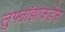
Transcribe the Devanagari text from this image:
लुफ्तांझाकडेच